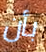
بأن